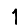
Digit: 1